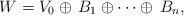
LaTeX: \begin{align*}W=V_0 \oplus \,B_1 \oplus \cdots \oplus \,B_n, \end{align*}